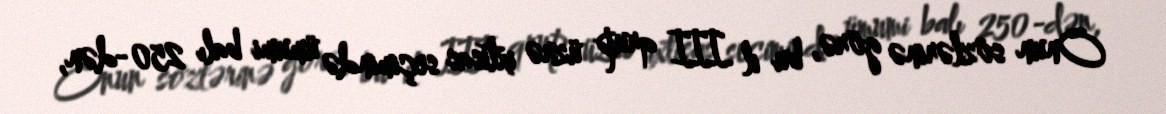
Onun sözlərinə görə, bu il III qrup üzrə ixtisas seçimində ümumi balı 250-dən,